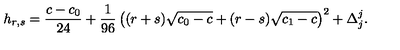
h _ { r , s } = { \frac { c - c _ { 0 } } { 2 4 } } + { \frac { 1 } { 9 6 } } \left( ( r + s ) \sqrt { c _ { 0 } - c } + ( r - s ) \sqrt { c _ { 1 } - c } \right) ^ { 2 } + \Delta _ { j } ^ { j } { } .